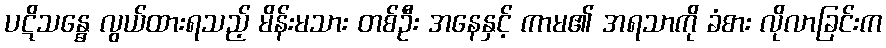
ပဋိသန္ဓေ လွယ်ထားရသည့် မိန်းမသား တစ်ဦး အနေနှင့် ကာမ၏ အရသာကို ခံစား လိုလာခြင်းက